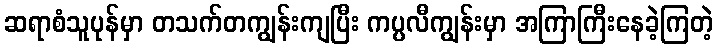
ဆရာစံသူပုန်မှာ တသက်တကျွန်းကျပြီး ကပ္ပလီကျွန်းမှာ အကြာကြီးနေခဲ့ကြတဲ့